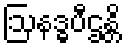
ဩနဒ္ဓပီဌန္တိ